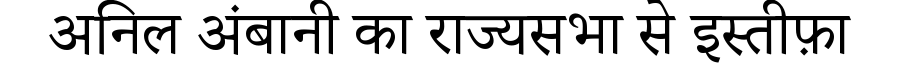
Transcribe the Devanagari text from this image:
अनिल अंबानी का राज्यसभा से इस्तीफ़ा